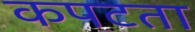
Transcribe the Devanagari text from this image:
कपटता